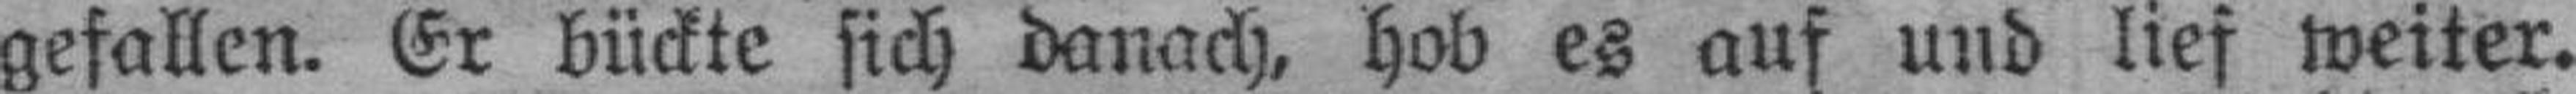
gefallen. Er bückte sich danach, hob es auf und lief weiter.